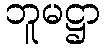
ဘူမဋ္ဌာ